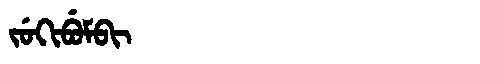
Manchu: ᠵᡠᡴᡳᠪᡠᠮᠪᡳ
Romanization: JUKIBUMBI